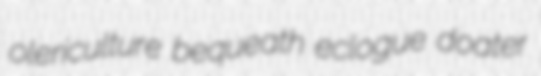
olericulture bequeath eclogue doater